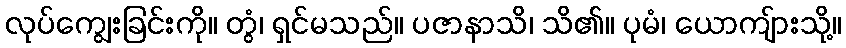
လုပ်ကျွေးခြင်းကို။ တွံ၊ ရှင်မသည်။ ပဇာနာသိ၊ သိ၏။ ပုမံ၊ ယောကျ်ားသို့။